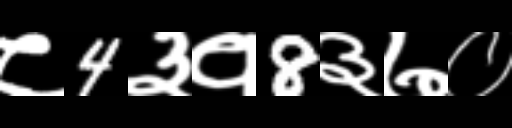
Text: ८4३१8३७०